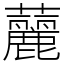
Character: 䕻